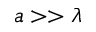
a > > \lambda